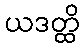
ယဒတ္ထိ